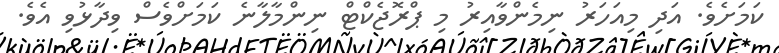
ކަމަށެވެ. އަދި މިއަހަރު ނިމެންވާއިރު މި ޕްރޮޖެކްޓް ނިންމާލާނެ ކަމަށްވެސް ވިދާޅުވި އެވެ.